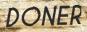
DONER